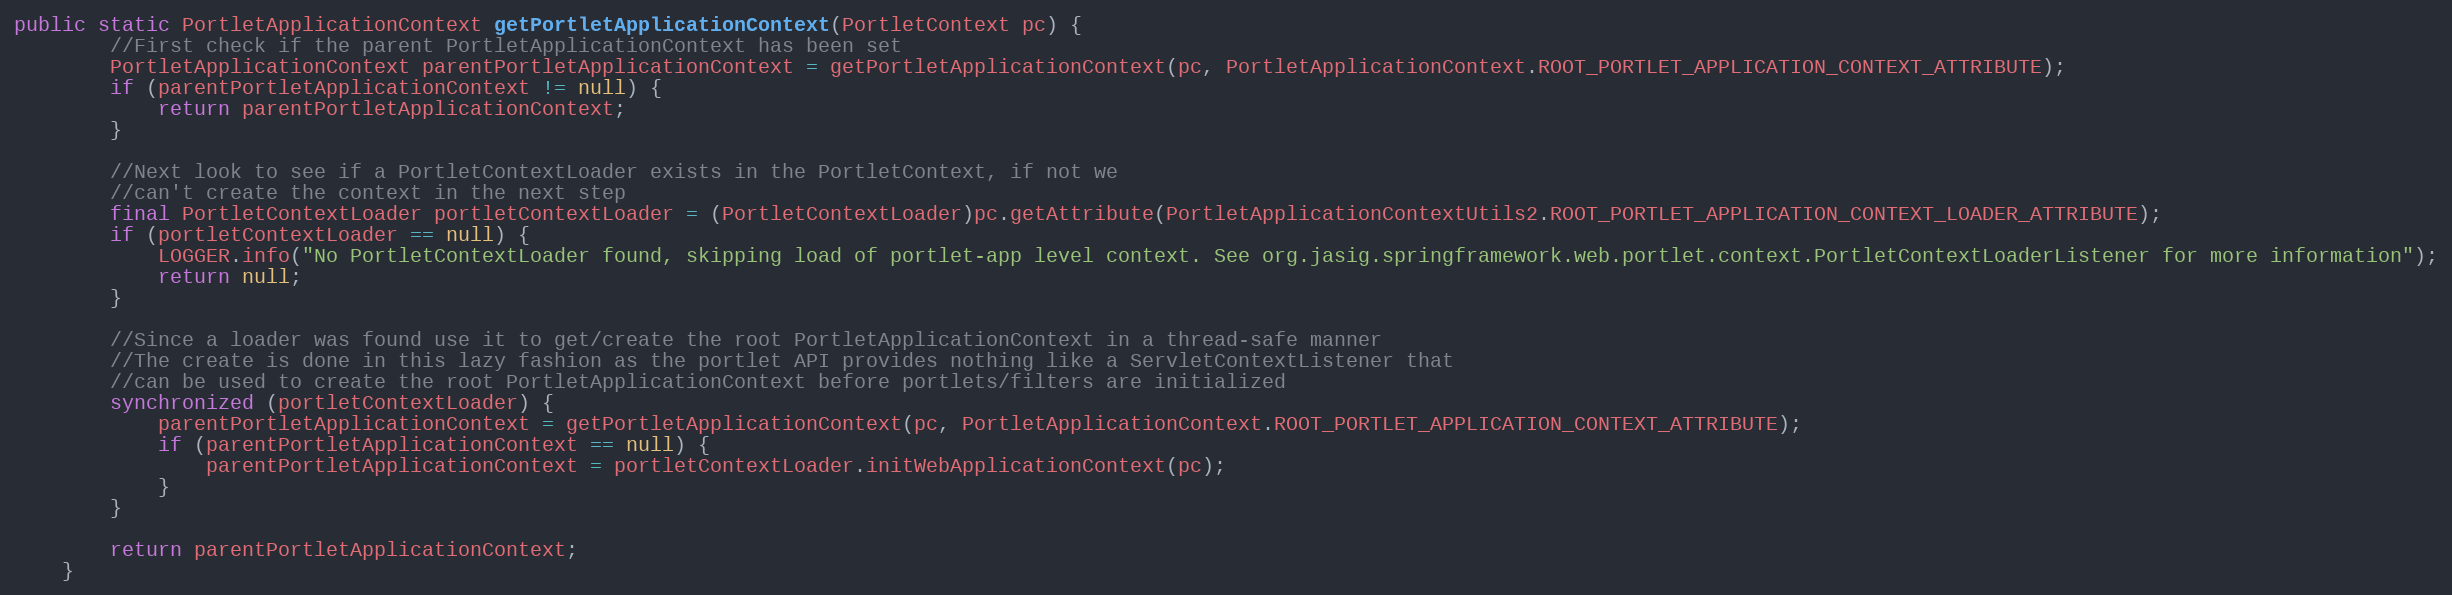
Language: Java
public static PortletApplicationContext getPortletApplicationContext(PortletContext pc) {
        //First check if the parent PortletApplicationContext has been set
        PortletApplicationContext parentPortletApplicationContext = getPortletApplicationContext(pc, PortletApplicationContext.ROOT_PORTLET_APPLICATION_CONTEXT_ATTRIBUTE);
        if (parentPortletApplicationContext != null) {
            return parentPortletApplicationContext;
        }

        //Next look to see if a PortletContextLoader exists in the PortletContext, if not we
        //can't create the context in the next step
        final PortletContextLoader portletContextLoader = (PortletContextLoader)pc.getAttribute(PortletApplicationContextUtils2.ROOT_PORTLET_APPLICATION_CONTEXT_LOADER_ATTRIBUTE);
        if (portletContextLoader == null) {
            LOGGER.info("No PortletContextLoader found, skipping load of portlet-app level context. See org.jasig.springframework.web.portlet.context.PortletContextLoaderListener for more information");
            return null;
        }

        //Since a loader was found use it to get/create the root PortletApplicationContext in a thread-safe manner
        //The create is done in this lazy fashion as the portlet API provides nothing like a ServletContextListener that
        //can be used to create the root PortletApplicationContext before portlets/filters are initialized
        synchronized (portletContextLoader) {
            parentPortletApplicationContext = getPortletApplicationContext(pc, PortletApplicationContext.ROOT_PORTLET_APPLICATION_CONTEXT_ATTRIBUTE);
            if (parentPortletApplicationContext == null) {
                parentPortletApplicationContext = portletContextLoader.initWebApplicationContext(pc);
            }
        }

        return parentPortletApplicationContext;
    }